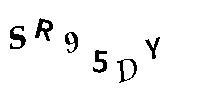
SR95DY